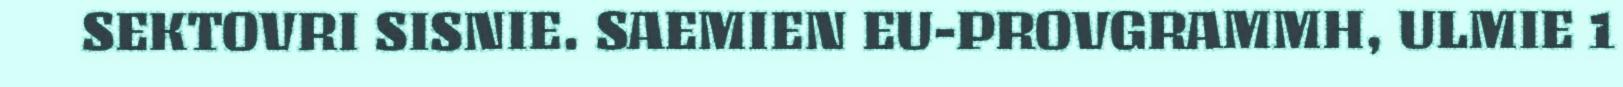
SEKTOVRI SISNIE. SAEMIEN EU-PROVGRAMMH, ULMIE 1